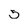
Character: 5